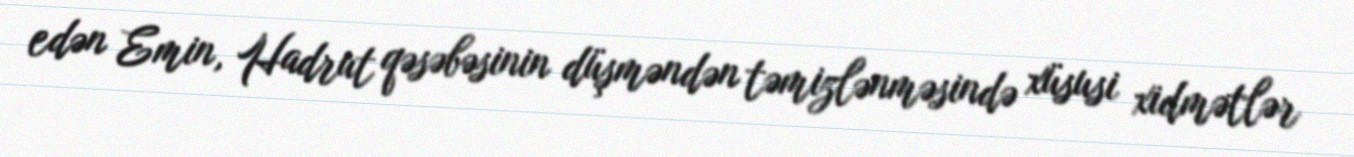
edən Emin, Hadrut qəsəbəsinin düşməndən təmizlənməsində xüsusi xidmətlər